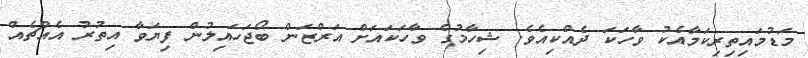
މަޑުމައިތިރިކަމާއެކު ވާހަކަ ދެއްކިއެވެ. ޝިހާމުގެ ވާހަކައަށް އަރްޒަން ބޯޖަހައިލުން ފިޔަވާ އިތުރު އެއްޗެއް